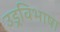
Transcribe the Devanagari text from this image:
उड्रविभाषा